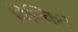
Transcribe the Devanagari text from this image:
विल्किन